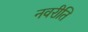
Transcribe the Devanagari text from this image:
नवरीति